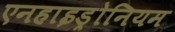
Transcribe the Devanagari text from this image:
एनहाइड्रोनियम